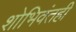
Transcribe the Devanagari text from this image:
शोभिवंतही